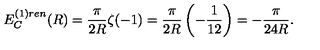
E _ { C } ^ { ( 1 ) r e n } ( R ) = \frac { \pi } { 2 R } \zeta ( - 1 ) = \frac { \pi } { 2 R } \left( - \frac { 1 } { 1 2 } \right) = - \frac { \pi } { 2 4 R } .